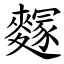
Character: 䴿